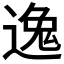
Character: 𫐶